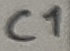
Text: C1